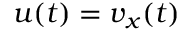
u ( t ) = v _ { x } ( t )